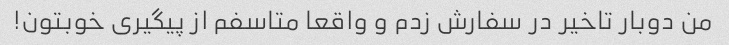
من دوبار تاخیر در سفارش زدم و واقعا متاسفم از پیگیری خوبتون!